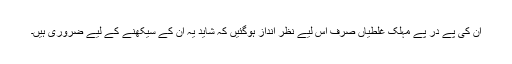
ان کی پے در پے مہلک غلطیاں صرف اس لیے نظر انداز ہوگئیں کہ شاید یہ ان کے سیکھنے کے لیے ضروری ہیں۔